Indian journal of veterinary science and animal husbandry - Volume 7,
Year: 1937
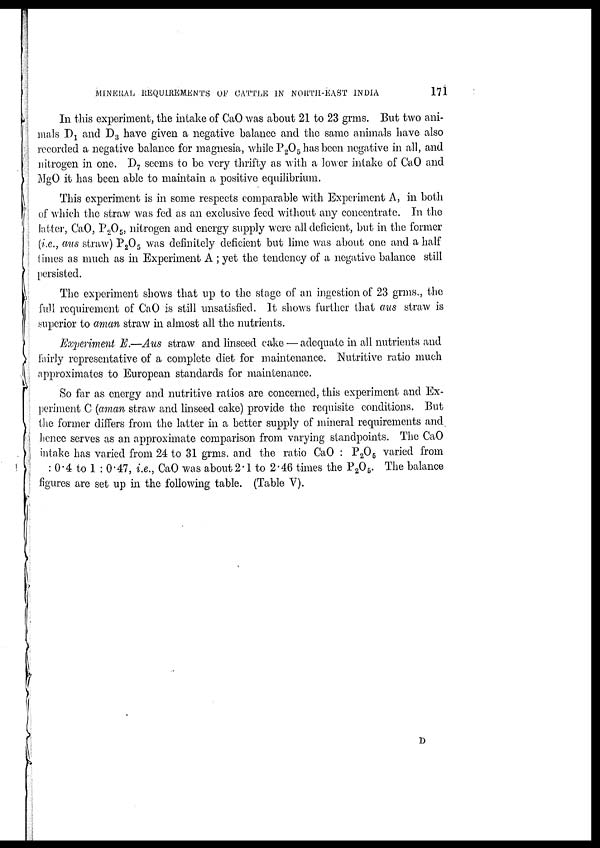
MINERAL REQUIREMENTS OF CATTLE IN NORTH-EAST INDIA
171
In this experiment, the intake of CaO was about 21 to 23 grms. But two ani-
mals D 1 and D 3 have given a negative balance and the same animals have also
recorded a negative balance for magnesia, while P 2 O 5 has been negative in all, and
nitrogen in one. D 7 seems to be very thrifty as with a lower intake of CaO and
MgO it has been able to maintain a positive equilibrium.
This experiment is in some respects comparable with Experiment A, in both
of which the straw was fed as an exclusive feed without any concentrate. In the
latter, CaO, P 2 O 5 , nitrogen and energy supply were all deficient, but in the former
(i.e., aus straw) P 2 O 5 was definitely deficient but lime was about one and a half
times as much as in Experiment A ; yet the tendency of a negative balance still
persisted.
The experiment shows that up to the stage of an ingestion of 23 grms., the
full requirement of CaO is still unsatisfied. It shows further that aus straw is
superior to aman straw in almost all the nutrients.
Experiment E.—Aus straw and linseed cake — adequate in all nutrients and
fairly representative of a complete diet for maintenance. Nutritive ratio much
approximates to European standards for maintenance.
So far as energy and nutritive ratios are concerned, this experiment and Ex-
periment C (aman straw and linseed cake) provide the requisite conditions. But
the former differs from the latter in a better supply of mineral requirements and
hence serves as an approximate comparison from varying standpoints. The CaO
intake has varied from 24 to 31 grms. and the ratio CaO : P 2 O 5 varied from
: 0.4 to 1 : 0.47, i.e., CaO was about 2.1 to 2.46 times the P 2 O 5 . The balance
figures are set up in the following table. (Table V).
D